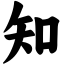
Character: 知